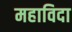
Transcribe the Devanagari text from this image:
महाविदा